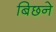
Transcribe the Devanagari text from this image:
बिछने